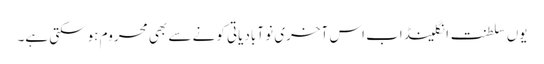
یوں سلطنت انگلینڈ اب اس آخری نو آبادیاتی کونے سے بھی محروم ہوسکتی ہے۔